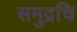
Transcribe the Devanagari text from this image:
समुद्रचि